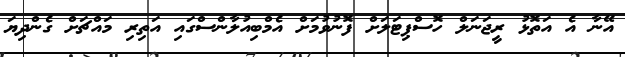
އޭނާ އެ އަތޮޅު ރީޖަނަލް ހޮސްޕިޓަލަށް ފޮނުވުމަށް އެމްބިއުލާންސްގައި އަތިރި މައްޗަށް ގެންދިޔަ